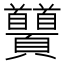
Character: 𩖐